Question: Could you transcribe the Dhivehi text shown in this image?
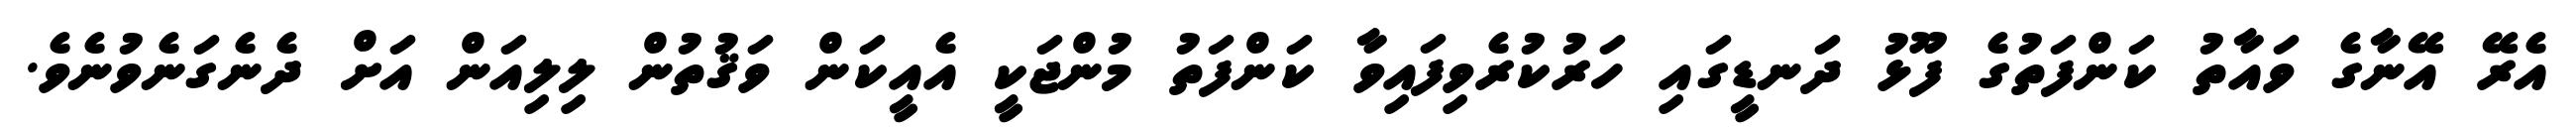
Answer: އެރޭ އޭނާގެ ވައާތު ކަންފަތުގެ ފޫޅު ދަނޑީގައި ހަރުކުރެވިފައިވާ ކަންފަތު މުންޖަކީ އެއީކަން ވަޤުތުން ލިލިއަން އަށް ދެނެގަނެވުނެވެ.